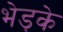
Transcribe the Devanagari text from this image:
भेड़के